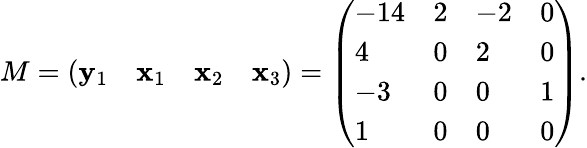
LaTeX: M={\left(\begin{array}{llll}{\mathbf{y}_{1}}&{\mathbf{x}_{1}}&{\mathbf{x}_{2}}&{\mathbf{x}_{3}}\end{array}\right)}={\left(\begin{array}{llll}{-14}&{2}&{-2}&{0}\\ {4}&{0}&{2}&{0}\\ {-3}&{0}&{0}&{1}\\ {1}&{0}&{0}&{0}\end{array}\right)}.